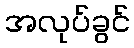
အလုပ်ခွင်